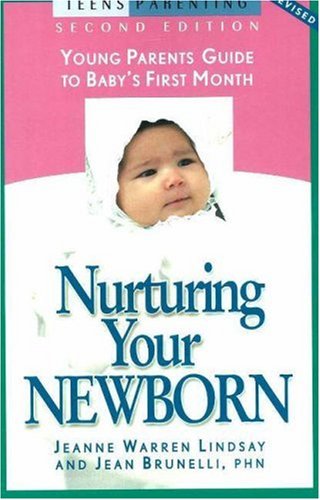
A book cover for Nurturing Your Newborn: Young Parents' Guide to Baby's First Month (Teen Pregnancy and Parenting series); Jeanne Warren Lindsay; Teen & Young Adult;